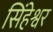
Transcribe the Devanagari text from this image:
सिंहेश्वर